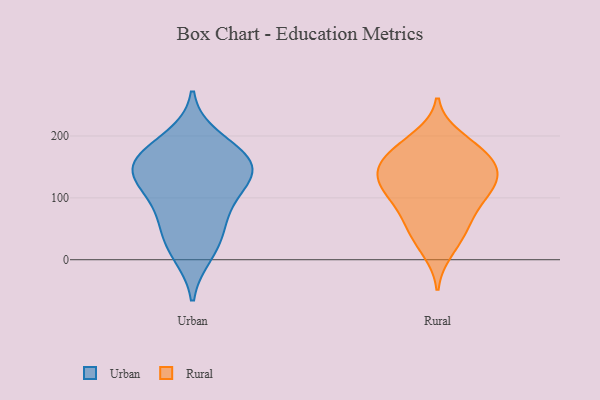
{"axis": {"x": "Revenue (USD Million)", "y": "Value"}, "legend": ["Rural", "Urban"], "data": [{"x": "", "y": 196, "type": "Urban"}, {"x": "", "y": 158, "type": "Urban"}, {"x": "", "y": 57, "type": "Urban"}, {"x": "", "y": 10, "type": "Urban"}, {"x": "", "y": 166, "type": "Urban"}, {"x": "", "y": 160, "type": "Urban"}, {"x": "", "y": 131, "type": "Urban"}, {"x": "", "y": 130, "type": "Urban"}, {"x": "", "y": 80, "type": "Urban"}, {"x": "", "y": 109, "type": "Urban"}, {"x": "", "y": 29, "type": "Urban"}, {"x": "", "y": 153, "type": "Urban"}, {"x": "", "y": 122, "type": "Rural"}, {"x": "", "y": 166, "type": "Rural"}, {"x": "", "y": 121, "type": "Rural"}, {"x": "", "y": 37, "type": "Rural"}, {"x": "", "y": 149, "type": "Rural"}, {"x": "", "y": 181, "type": "Rural"}, {"x": "", "y": 182, "type": "Rural"}, {"x": "", "y": 14, "type": "Rural"}, {"x": "", "y": 153, "type": "Rural"}, {"x": "", "y": 198, "type": "Rural"}, {"x": "", "y": 114, "type": "Rural"}, {"x": "", "y": 72, "type": "Rural"}, {"x": "", "y": 50, "type": "Rural"}, {"x": "", "y": 151, "type": "Rural"}, {"x": "", "y": 105, "type": "Rural"}, {"x": "", "y": 108, "type": "Rural"}, {"x": "", "y": 71, "type": "Rural"}, {"x": "", "y": 142, "type": "Rural"}]}